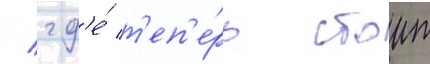
/ гд'е́ т'еп'е́рь стоит